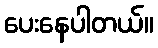
ပေးနေပါတယ်။